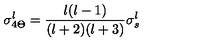
\sigma _ { 4 \Theta } ^ { l } = { \frac { l ( l - 1 ) } { ( l + 2 ) ( l + 3 ) } } \sigma _ { s } ^ { l }